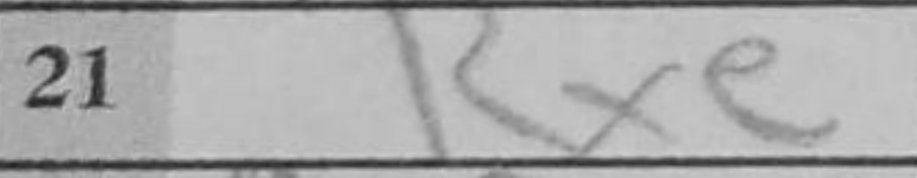
Transcription: Rxe